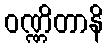
ဝဏ္ဏိတာနိ